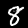
Label: 8